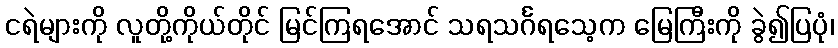
ငရဲများကို လူတို့ကိုယ်တိုင် မြင်ကြရအောင် သရသင်္ဂရသေ့က မြေကြီးကို ခွဲ၍ပြပုံ၊